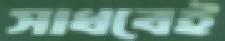
সাধবেই